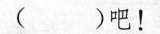
()吧！